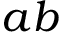
a b